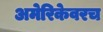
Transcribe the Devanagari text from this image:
अमेरिकेवरच